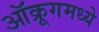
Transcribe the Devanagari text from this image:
ऑक्रूगमध्ये